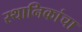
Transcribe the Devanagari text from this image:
स्थानिकांचा